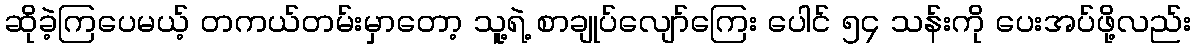
ဆိုခဲ့ကြပေမယ့် တကယ်တမ်းမှာတော့ သူ့ရဲ့ စာချုပ်လျော်ကြေး ပေါင် ၅၄ သန်းကို ပေးအပ်ဖို့လည်း